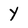
Character: Y